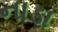
નાડા